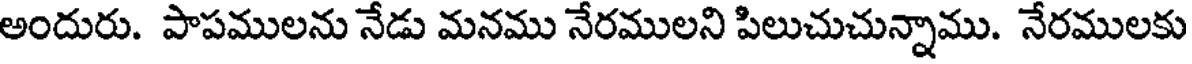
అందురు. పాపములను నేడు మనము నేరములని పిలుచుచున్నాము. నేరములకు